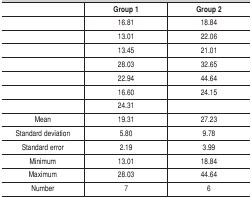
<table><thead><tr><td></td><td><b>Group 1</b></td><td><b>Group 2</b></td></tr></thead><tbody><tr><td></td><td>16.81</td><td>18.84</td></tr><tr><td></td><td>13.01</td><td>22.06</td></tr><tr><td></td><td>13.45</td><td>21.01</td></tr><tr><td></td><td>28.03</td><td>32.65</td></tr><tr><td></td><td>22.94</td><td>44.64</td></tr><tr><td></td><td>16.60</td><td>24.15</td></tr><tr><td></td><td>24.31</td><td></td></tr><tr><td>Mean</td><td>19.31</td><td>27.23</td></tr><tr><td>Standarddeviation</td><td>5.80</td><td>9.78</td></tr><tr><td>Standarderror</td><td>2.19</td><td>3.99</td></tr><tr><td>Minimum</td><td>13.01</td><td>18.84</td></tr><tr><td>Maximum</td><td>28.03</td><td>44.64</td></tr><tr><td>Number</td><td>7</td><td>6</td></tr></tbody></table>